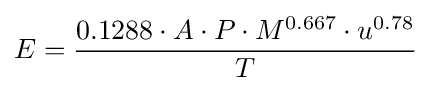
E={\frac {0.1288\cdot A\cdot P\cdot M^{0.667}\cdot u^{0.78}}{T}}